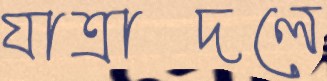
যাত্রাদলে